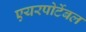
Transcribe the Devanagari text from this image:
एयरपोर्टेबल